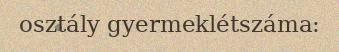
osztály gyermeklétszáma: